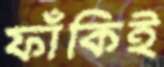
ফাঁকিই